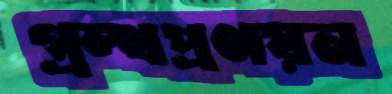
গ্রন্থপ্রণয়ন